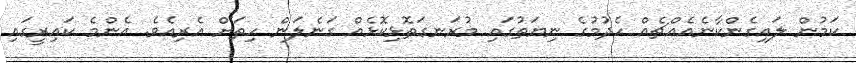
ކަމުން ލައިގެންކާނެއެއްޗެއް ހެދުމުގެ ނިޔަތުގައި މުރަނގަތޮޅިކޮޅެއް ގަނެލަން ހިތަށް އެރިއެވެ. އެންމެ ކައިރީގައި